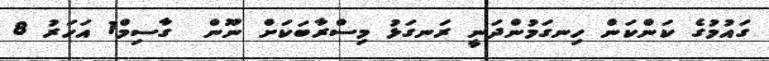
ގައުމުގެ ކަންކަން ހިނގަމުންދަނީ ރަނގަޅު މިސްރާބަކަށް ނޫން  ގާސިމް1 އަހަރު 8